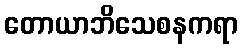
တောယာဘိသေစနကရာ